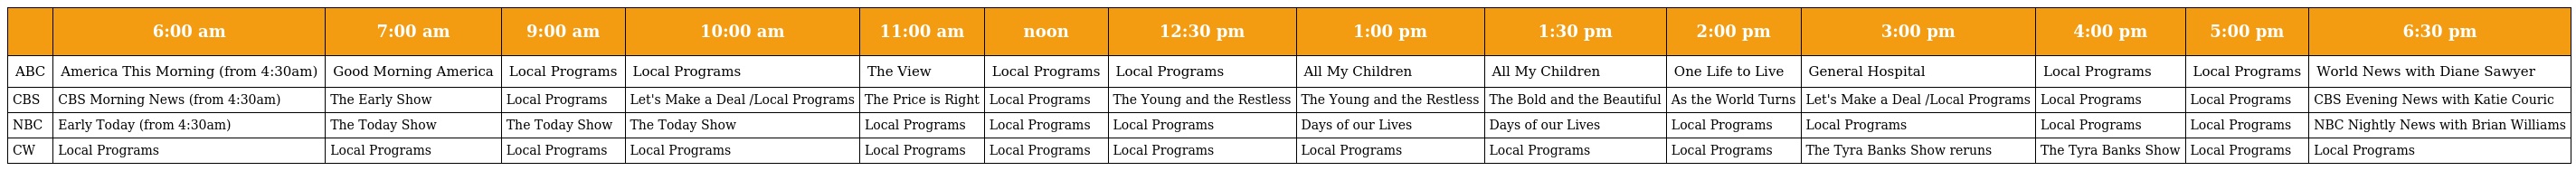
|  | 6:00 am | 7:00 am | 9:00 am | 10:00 am | 11:00 am | noon | 12:30 pm | 1:00 pm | 1:30 pm | 2:00 pm | 3:00 pm | 4:00 pm | 5:00 pm | 6:30 pm |
 | --- | --- | --- | --- | --- | --- | --- | --- | --- | --- | --- | --- | --- | --- | --- |
 | ABC | America This Morning (from 4:30am) | Good Morning America | Local Programs | Local Programs | The View | Local Programs | Local Programs | All My Children | All My Children | One Life to Live | General Hospital | Local Programs | Local Programs | World News with Diane Sawyer |
 | CBS | CBS Morning News (from 4:30am) | The Early Show | Local Programs | Let's Make a Deal /Local Programs | The Price is Right | Local Programs | The Young and the Restless | The Young and the Restless | The Bold and the Beautiful | As the World Turns | Let's Make a Deal /Local Programs | Local Programs | Local Programs | CBS Evening News with Katie Couric |
 | NBC | Early Today (from 4:30am) | The Today Show | The Today Show | The Today Show | Local Programs | Local Programs | Local Programs | Days of our Lives | Days of our Lives | Local Programs | Local Programs | Local Programs | Local Programs | NBC Nightly News with Brian Williams |
 | CW | Local Programs | Local Programs | Local Programs | Local Programs | Local Programs | Local Programs | Local Programs | Local Programs | Local Programs | Local Programs | The Tyra Banks Show reruns | The Tyra Banks Show | Local Programs | Local Programs |